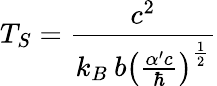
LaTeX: T_{S}=\frac{c^{2}}{k_{B}\: b\left(\frac{\alpha^{\prime}c}{\hbar}\right)^{\frac{1}{2}}}